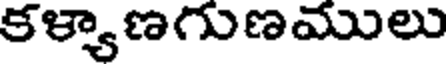
కళ్యాణగుణములు